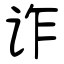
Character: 诈